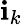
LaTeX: \mathbf{i}_{k}